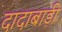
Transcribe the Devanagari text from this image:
दादाबाड़ी